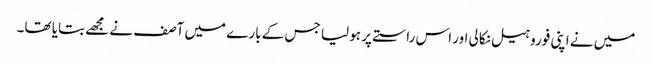
میں نے اپنی فوروہیل نکالی اور اس راستے پر ہو لیا جس کے بارے میں آصف نے مجھے بتایا تھا۔